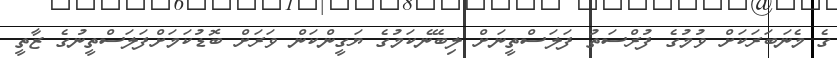
ގެ މެނަބަރަކަށް ވުމުގެ ފުރްސަތު ފަލަސްތީނަށް ލިބޭނެކަމުގެ ޔަގީންކަން ވަރަށް ބޮޑުކަމަށްފަލަސްތީނުގެ ޒާތީ